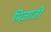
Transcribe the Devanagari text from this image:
मिज़ाजी